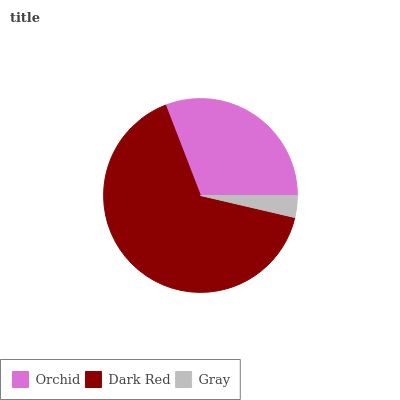
| Orchid | Dark Red | Gray |
 | --- | --- | --- |
 | 30.9% | 65.5% | 3.65% |